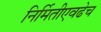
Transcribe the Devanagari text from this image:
निर्मितीएवढेच